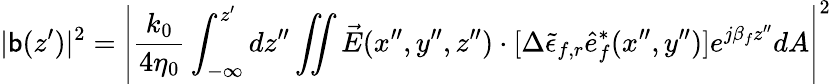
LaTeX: |\mathsf{b}(z^{\prime})|^{2}=\left|\frac{{k_{0}}}{{4\eta_{0}}}\int_{-\infty}^{z^{\prime}}dz^{\prime\prime}\iint\vec{{E}}(x^{\prime\prime},y^{\prime\prime},z^{\prime\prime})\cdot[\Delta{\tilde{{\epsilon}}_{f,r}}\hat{{e}}_{f}^{*}(x^{\prime\prime},y^{\prime\prime})]e^{j\beta_{f}z^{\prime\prime}}dA\right|^{2}